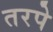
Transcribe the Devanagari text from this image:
तरपे